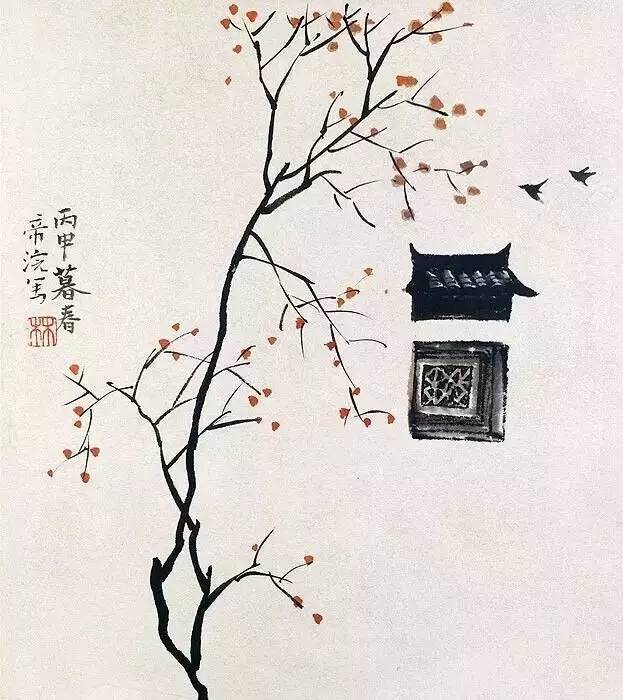
眼前直下三千字，胸次全无一点尘。